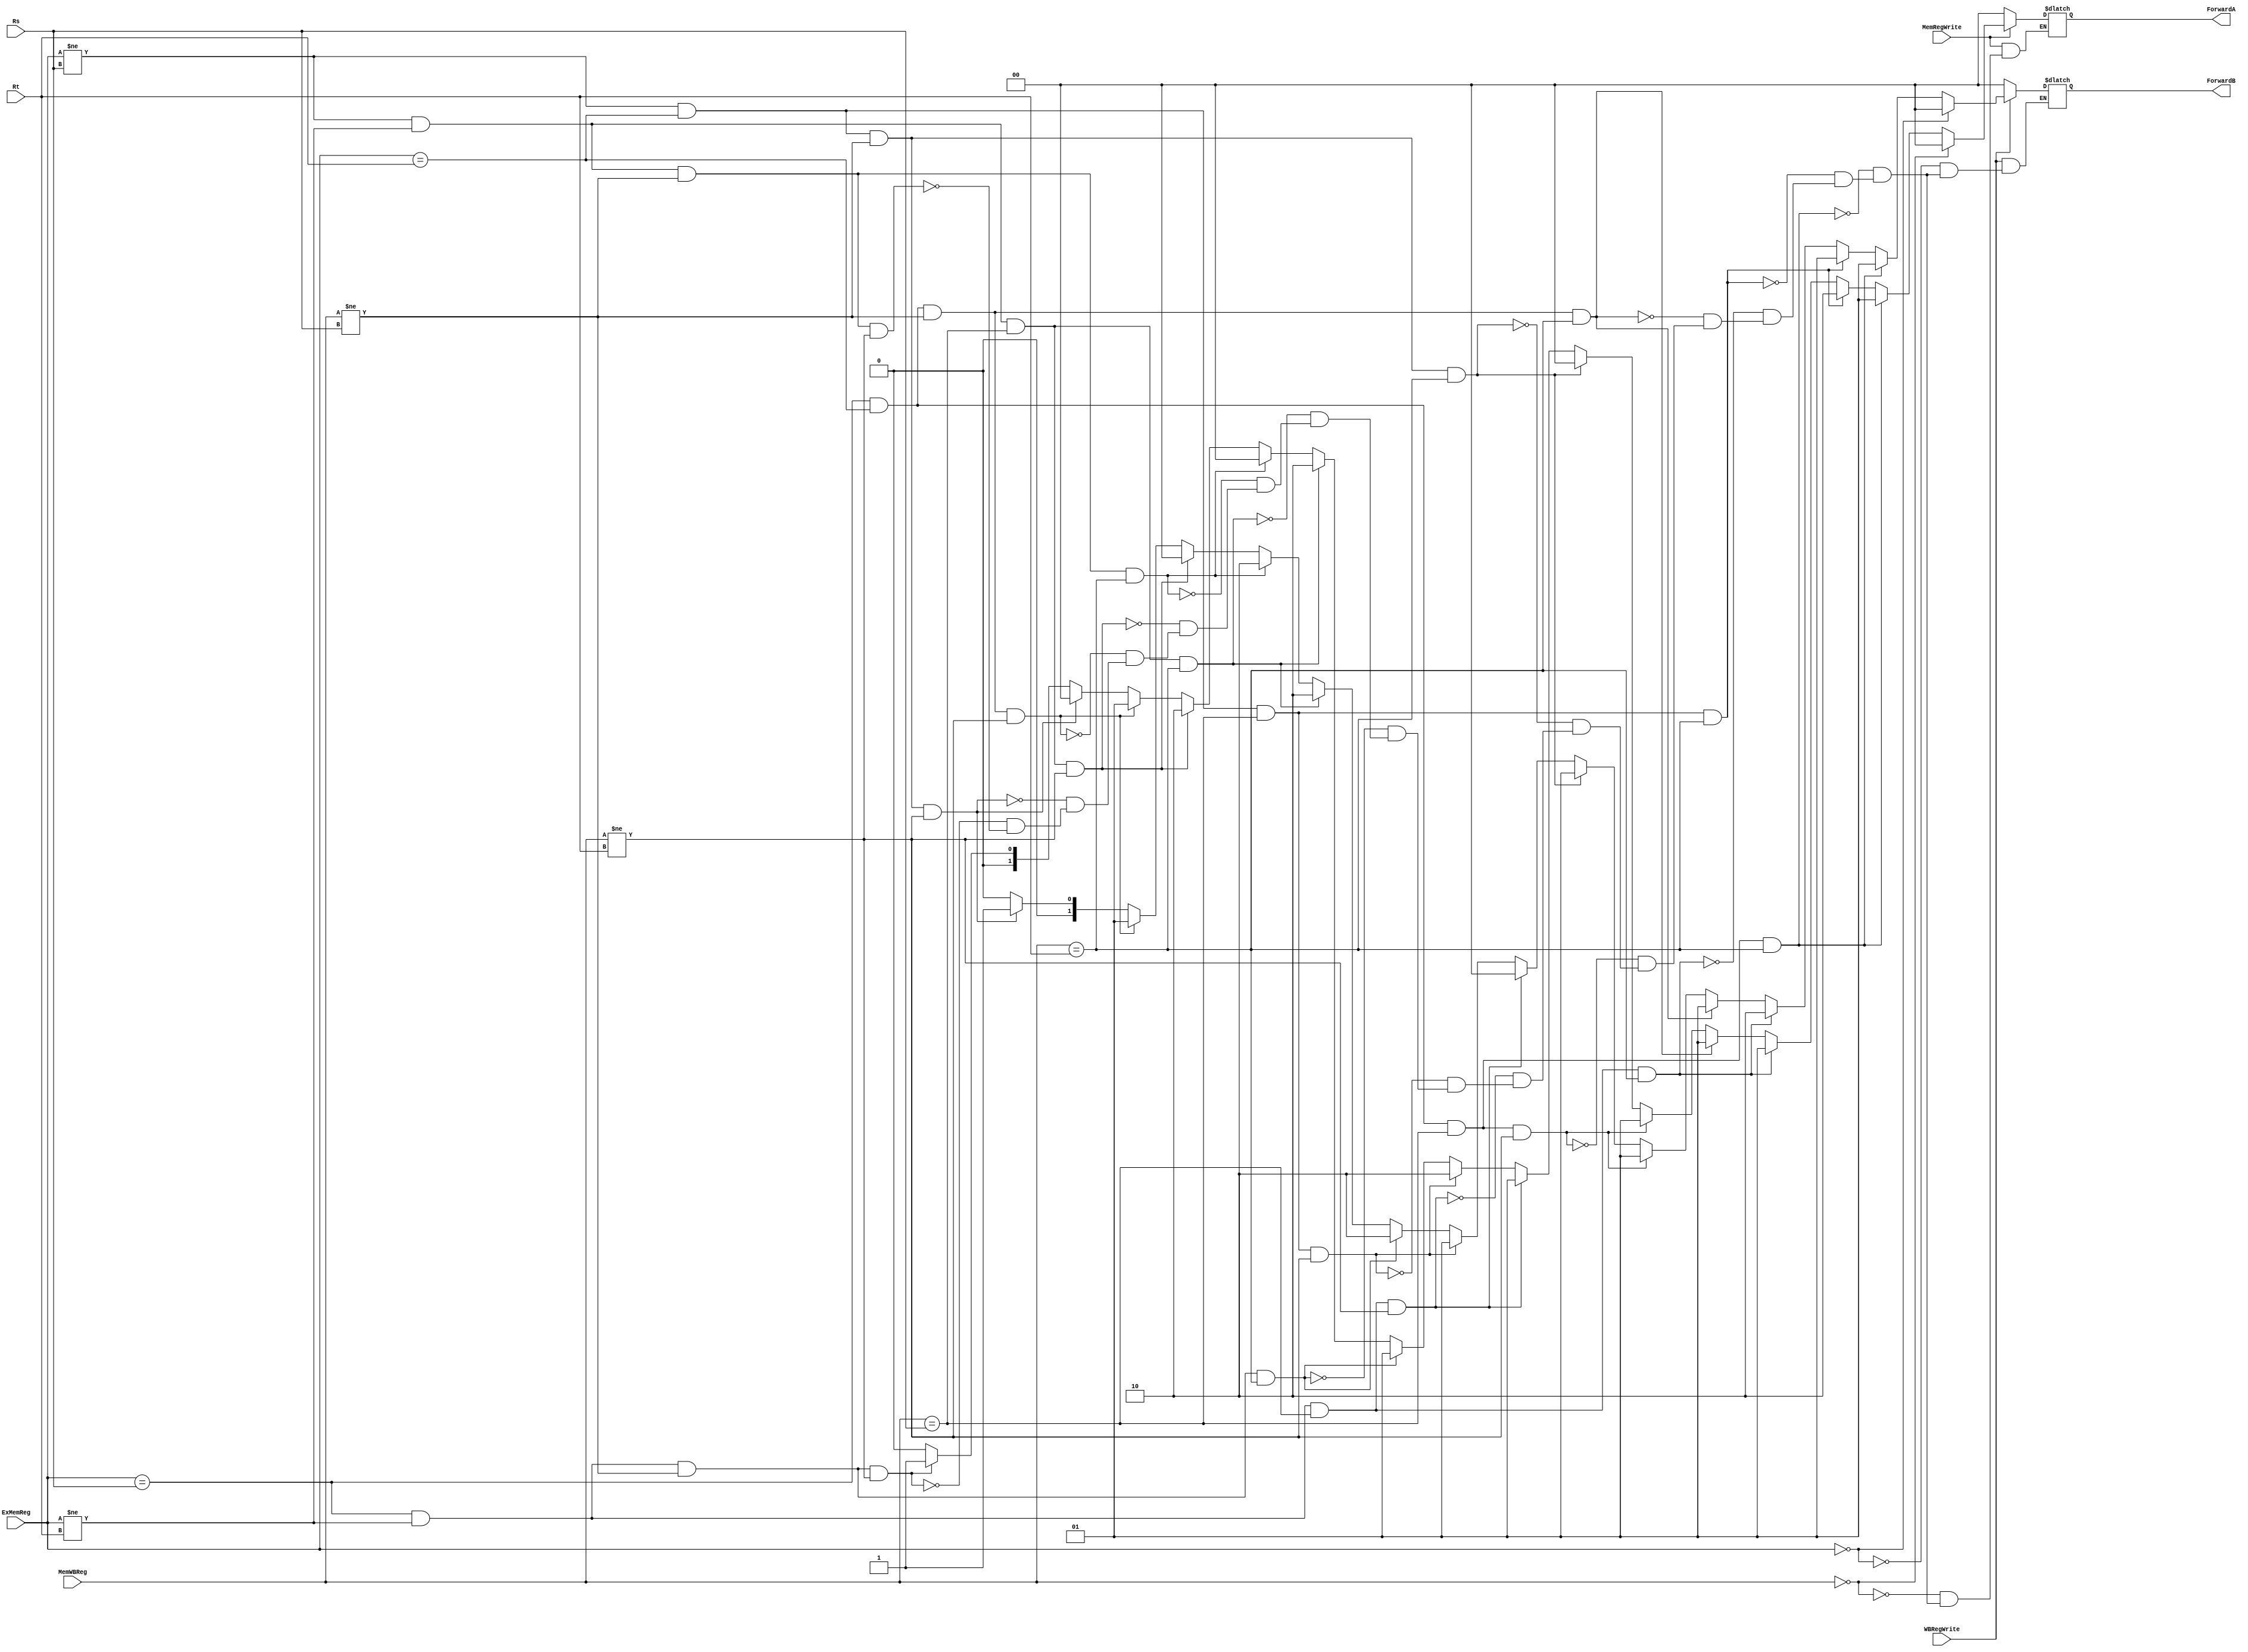
`timescale 1ns / 1ps
//////////////////////////////////////////////////////////////////////////////////
// Company: 
// Engineer: 
// 
// Design Name: 
// Module Name: forwarding_unit
// Project Name: 
// Target Devices: 
// Tool Versions: 
// Description: 
// 
// Dependencies: 
// 
// Revision:
// Revision 0.01 - File Created
// Additional Comments:
// 
//////////////////////////////////////////////////////////////////////////////////


module forwarding_unit(ForwardA, ForwardB, Rs, Rt, ExMemReg, MemWBReg, MemRegWrite, WBRegWrite);



output reg [1:0] ForwardA, ForwardB;
//forward 0 = no forward, forward 1 = ExMem forward, forward 2 = MemWB forward
input [4:0] Rs, Rt, ExMemReg, MemWBReg; 
input MemRegWrite, WBRegWrite;

always @ (*) begin

if (ExMemReg != Rs && ExMemReg != Rt && MemWBReg != Rs && MemWBReg != Rt) begin //1
    ForwardA = 2'b00;
    ForwardB = 2'b00; 
 end
 if (ExMemReg == Rs && ExMemReg != Rt && MemWBReg != Rs && MemWBReg != Rt) begin //2
    ForwardA = 2'b01;
    ForwardB = 2'b00; 
 end
 if (ExMemReg != Rs && ExMemReg == Rt && MemWBReg != Rs && MemWBReg != Rt) begin //3
    ForwardA = 2'b00;
    ForwardB = 2'b01; 
 end
 if (ExMemReg == Rs && ExMemReg == Rt && MemWBReg != Rs && MemWBReg != Rt) begin //4
    ForwardA = 2'b01;
    ForwardB = 2'b01; 
 end
if (ExMemReg != Rs && ExMemReg != Rt && MemWBReg == Rs && MemWBReg != Rt) begin //5
    ForwardA = 2'b10;
    ForwardB = 2'b00; 
end
if (ExMemReg != Rs && ExMemReg != Rt && MemWBReg != Rs && MemWBReg == Rt) begin //6
    ForwardA = 2'b00;
    ForwardB = 2'b10; 
end    
if (ExMemReg != Rs && ExMemReg != Rt && MemWBReg == Rs && MemWBReg == Rt) begin //7
    ForwardA = 2'b10;
    ForwardB = 2'b10; 
 end
 if (ExMemReg == Rs && ExMemReg != Rt && MemWBReg != Rs && MemWBReg == Rt) begin //8
    ForwardA = 2'b01;
    ForwardB = 2'b10; 
 end
 if (ExMemReg != Rs && ExMemReg == Rt && MemWBReg == Rs && MemWBReg != Rt) begin //9
    ForwardA = 2'b10;
    ForwardB = 2'b01; 
 end
 
 
 if (ExMemReg == Rs && ExMemReg != Rt && MemWBReg == Rs && MemWBReg != Rt) begin //10
    ForwardA = 2'b01; //change
    ForwardB = 2'b00; 
 end
if (ExMemReg != Rs && ExMemReg == Rt && MemWBReg != Rs && MemWBReg == Rt) begin //11
    ForwardA = 2'b00;
    ForwardB = 2'b01; //change
end
if (ExMemReg == Rs && ExMemReg == Rt && MemWBReg == Rs && MemWBReg != Rt) begin //12
    ForwardA = 2'b01; //change
    ForwardB = 2'b01; 
end
if (ExMemReg == Rs && ExMemReg == Rt && MemWBReg != Rs && MemWBReg == Rt) begin //13
    ForwardA = 2'b01;
    ForwardB = 2'b01; //change
end
 if (ExMemReg == Rs && ExMemReg != Rt && MemWBReg == Rs && MemWBReg == Rt) begin //14
    ForwardA = 2'b01; //change
    ForwardB = 2'b10; 
end
if (ExMemReg != Rs && ExMemReg == Rt && MemWBReg == Rs && MemWBReg == Rt) begin //15
    ForwardA = 2'b10;
    ForwardB = 2'b01; //change
end
if (ExMemReg == Rs && ExMemReg == Rt && MemWBReg == Rs && MemWBReg == Rt) begin //16
    ForwardA = 2'b01; //change
    ForwardB = 2'b01; //change
end

if (ExMemReg == 0) //$0 write 
    ForwardB = 2'b00;
if (MemWBReg == 0) //$0 write 
    ForwardA = 2'b00; 

if (MemRegWrite == 0) 
    ForwardA = 0;
if (WBRegWrite == 0)
    ForwardB = 0;
    
end
endmodule